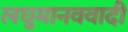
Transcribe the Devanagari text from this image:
लघुमानववादी